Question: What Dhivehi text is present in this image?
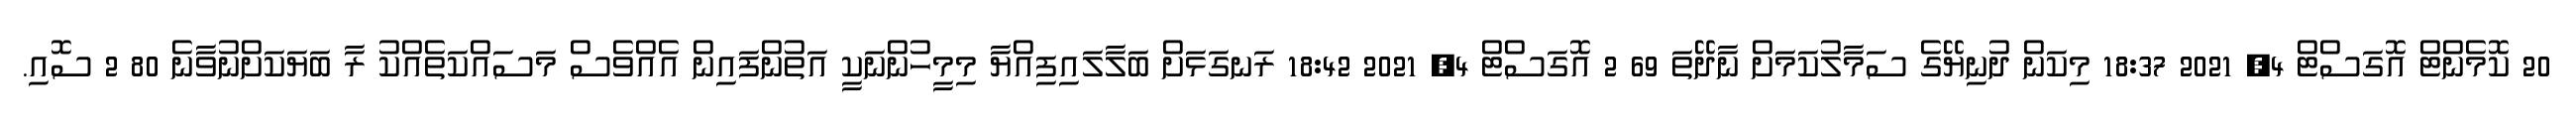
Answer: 20 ކޮމެންޓް އޮގަސްޓް 4, 2021 18:37 މިކަން ދުނިޔޭގެ ސަމާލުކަމަށް ނާދޭތަ 69 2 އޮގަސްޓް 4, 2021 18:42 ރަނގަޅަށް ބަލާލައިފިއްޔާ މިމީހުންނަކީ އަތުންފައިން އެއްވެސް މަސައްކަތެއްކު ރާ ބަޔަކަށްނުވާނެ 80 2 ސޮއި.